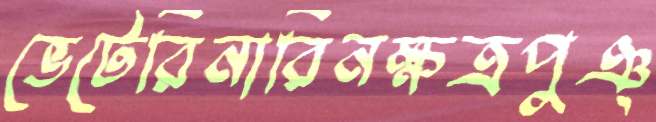
ভেটেরিনার্রিনক্ষত্রপুঞ্